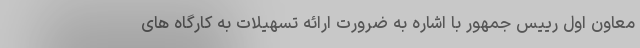
معاون اول رییس جمهور با اشاره به ضرورت ارائه تسهیلات به کارگاه های